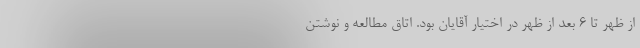
از ظهر تا 6 بعد از ظهر در اختیار آقایان بود. اتاق مطالعه و نوشتن